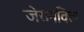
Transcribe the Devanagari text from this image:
जेसनविल